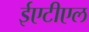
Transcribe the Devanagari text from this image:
ईएटीएल